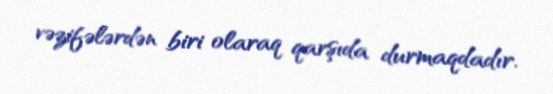
vəzifələrdən biri olaraq qarşıda durmaqdadır.